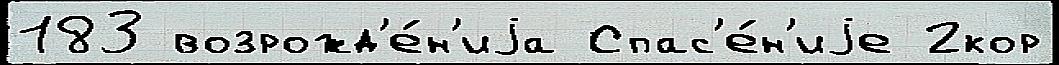
183 возрожд'е́н'иjа Спас'е́н'иjе 2кор